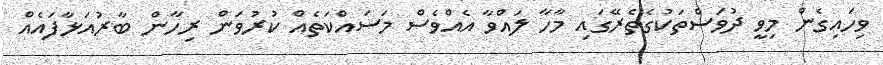
ވިހައިގެން މިވީ ދުވަސްތަކުގެތެރޭގައި މާހާ ލައްވާ އެއްވެސް މަސައްކަތެއް ކުރުވަން ރިހާން ބާރުއަޅާފައެއް